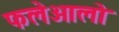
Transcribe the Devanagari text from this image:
फलेओलो